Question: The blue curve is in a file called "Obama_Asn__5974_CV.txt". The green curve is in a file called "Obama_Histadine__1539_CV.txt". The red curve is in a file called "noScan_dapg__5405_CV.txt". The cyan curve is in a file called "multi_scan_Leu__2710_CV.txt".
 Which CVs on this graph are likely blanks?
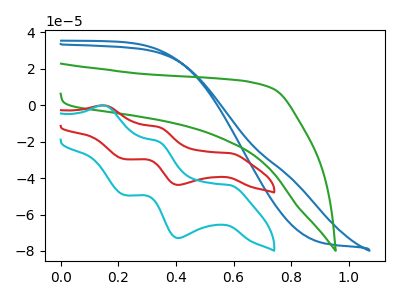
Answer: <think>The blue curve "Asn" has no peaks. The green curve "Histadine" has no peaks. The red curve "dapg" has anodic peaks at (0.15V, -0.10uA) (0.35V, -11.95uA) and cathodic peaks at (0.60V, -26.30uA) (0.40V, -43.75uA) (0.20V, -29.60uA). The cyan curve "Leu" has anodic peaks at (0.15V, -0.20uA) (0.35V, -19.90uA) and cathodic peaks at (0.60V, -43.85uA) (0.40V, -72.90uA) (0.20V, -49.35uA).</think>
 <answer>"Asn" and "Histadine" are likely to be blanks.</answer>
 <eval>"Asn", "Histadine"</eval>